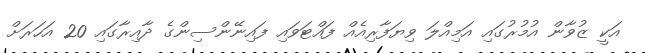
އަކީ ޒުވާން އުމުރުގައި އަމިއްލަ ވިޔަފާރިއެއް ފައްޓަވައި ފައިނޭންސިންގެ ދާއިރާގައި 20 އަހަރަށް